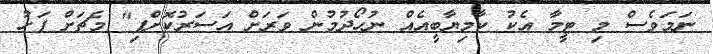
ނަމަވެސް މި ޓީމާ އެކު ކާމިޔާބީއެއް ނުހޯދުމުން ވަރަށް އަސަރުކޮށްފި" މެޗަށް ފަހު